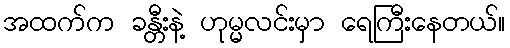
အထက်က ခန္တီးနဲ့ ဟုမ္မလင်းမှာ ရေကြီးနေတယ်။